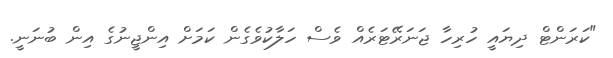
"ކަރަންޓް ދިޔައީ ހުރިހާ ޖަނަރޭޓަރެއް ވެސް ހަލާކުވެގެން ކަމަށް އިންޖީނުގެ އިން ބުނަނީ.